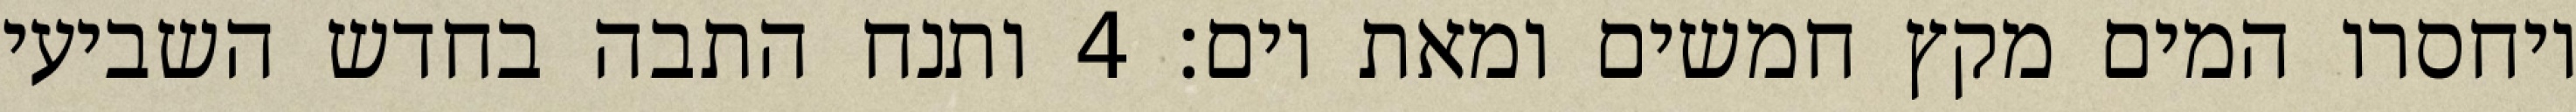
ויחסרו המים מקץ חמשים ומאת יום׃ ‎4‏ ותנח התבה בחדש השביעי